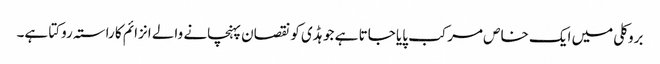
بروکلی میں ایک خاص مرکب پایا جاتا ہے جو ہڈی کو نقصان پہنچانے والے انزائم کا راستہ روکتا ہے۔